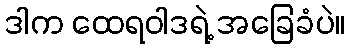
ဒါက ထေရဝါဒရဲ့ အခြေခံပဲ။